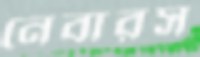
নেবারস